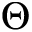
\boldsymbol { \Theta }